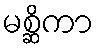
မစ္ဆိကာ